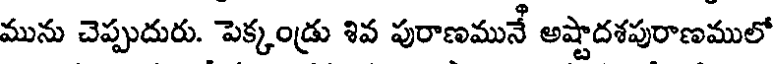
మును చెప్పుదురు. పెక్కండ్రు శివ పురాణమునే అష్టాదశపురాణములో